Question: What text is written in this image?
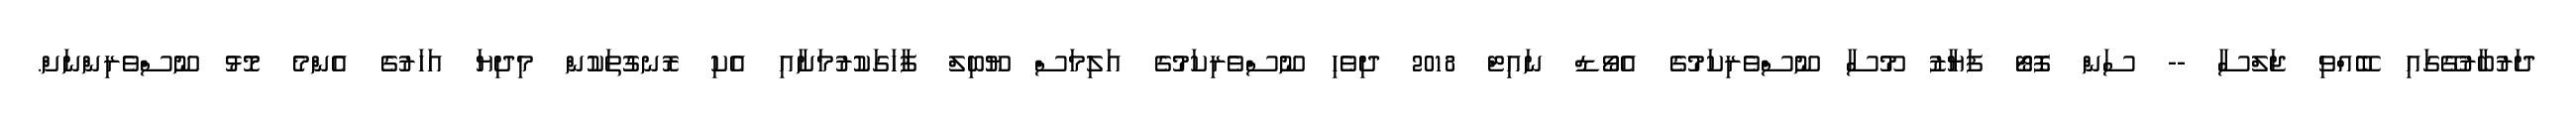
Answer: ދަރުބާރުގޭގައި ބޭއްވި ޖަލްސާ -- ސަން ފޮޓޯ ފަޔާޒު މޫސާ ނޫސްވެރިކަމުގެ އެވޯޑް ނައިޓް 2018 ދިވެހި ނޫސްވެރިކަމުގެ އަލިމަސް ޔޫބިލް ފާހަގަކުރުމަށާއި އެކި ރޮނގުތަކުން މިދިޔަ އަހަރުގެ އެންމެ މޮޅު ނޫސްވެރިންނަށް.